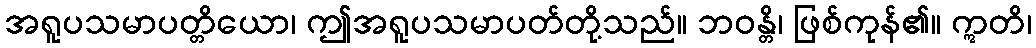
အရူပသမာပတ္တိယော၊ ဤအရူပသမာပတ်တို့သည်။ ဘဝန္တိ၊ ဖြစ်ကုန်၏။ ဣတိ၊